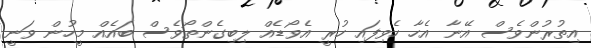
އިތުރުންވެސް އޭނާ އެހާ ހެވިފައި ހުރީ އެވޯޑެއް ލިބިގެންތޯވެސް ބައެއް މީހުން ވަނީ